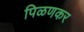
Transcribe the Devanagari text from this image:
पिळणकर